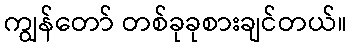
ကျွန်တော် တစ်ခုခုစားချင်တယ်။